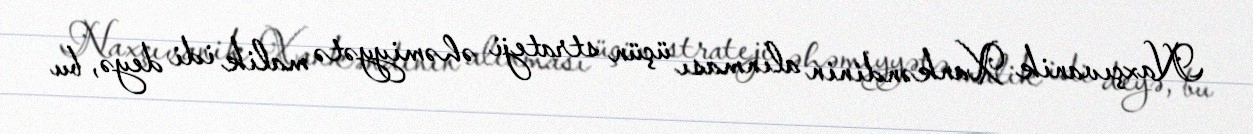
Naxçıvanik Xankəndinin alınması üçün strateji əhəmiyyətə malik idi deyə, bu